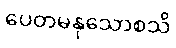
ပေတမနုသောစသိ